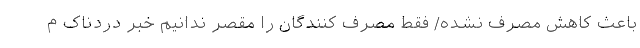
باعث کاهش مصرف نشده/ فقط مصرف کنندگان را مقصر ندانیم خبر دردناک م